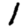
Digit: 1